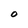
Character: O